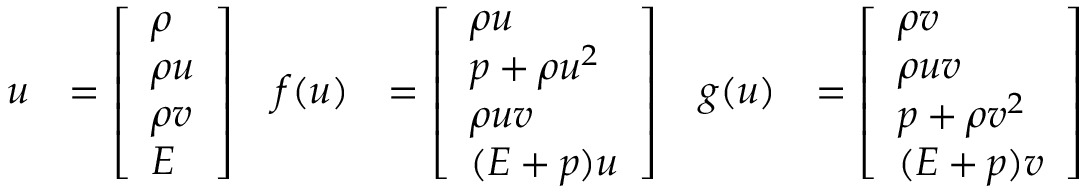
\begin{array} { r l r l r l } { u } & { = \left[ \begin{array} { l } { \rho } \\ { \rho u } \\ { \rho v } \\ { E } \end{array} \right] } & { f ( u ) } & { = \left[ \begin{array} { l } { \rho u } \\ { p + \rho u ^ { 2 } } \\ { \rho u v } \\ { ( E + p ) u } \end{array} \right] } & { g ( u ) } & { = \left[ \begin{array} { l } { \rho v } \\ { \rho u v } \\ { p + \rho v ^ { 2 } } \\ { ( E + p ) v } \end{array} \right] } \end{array}